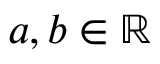
a , b \in \mathbb { R }